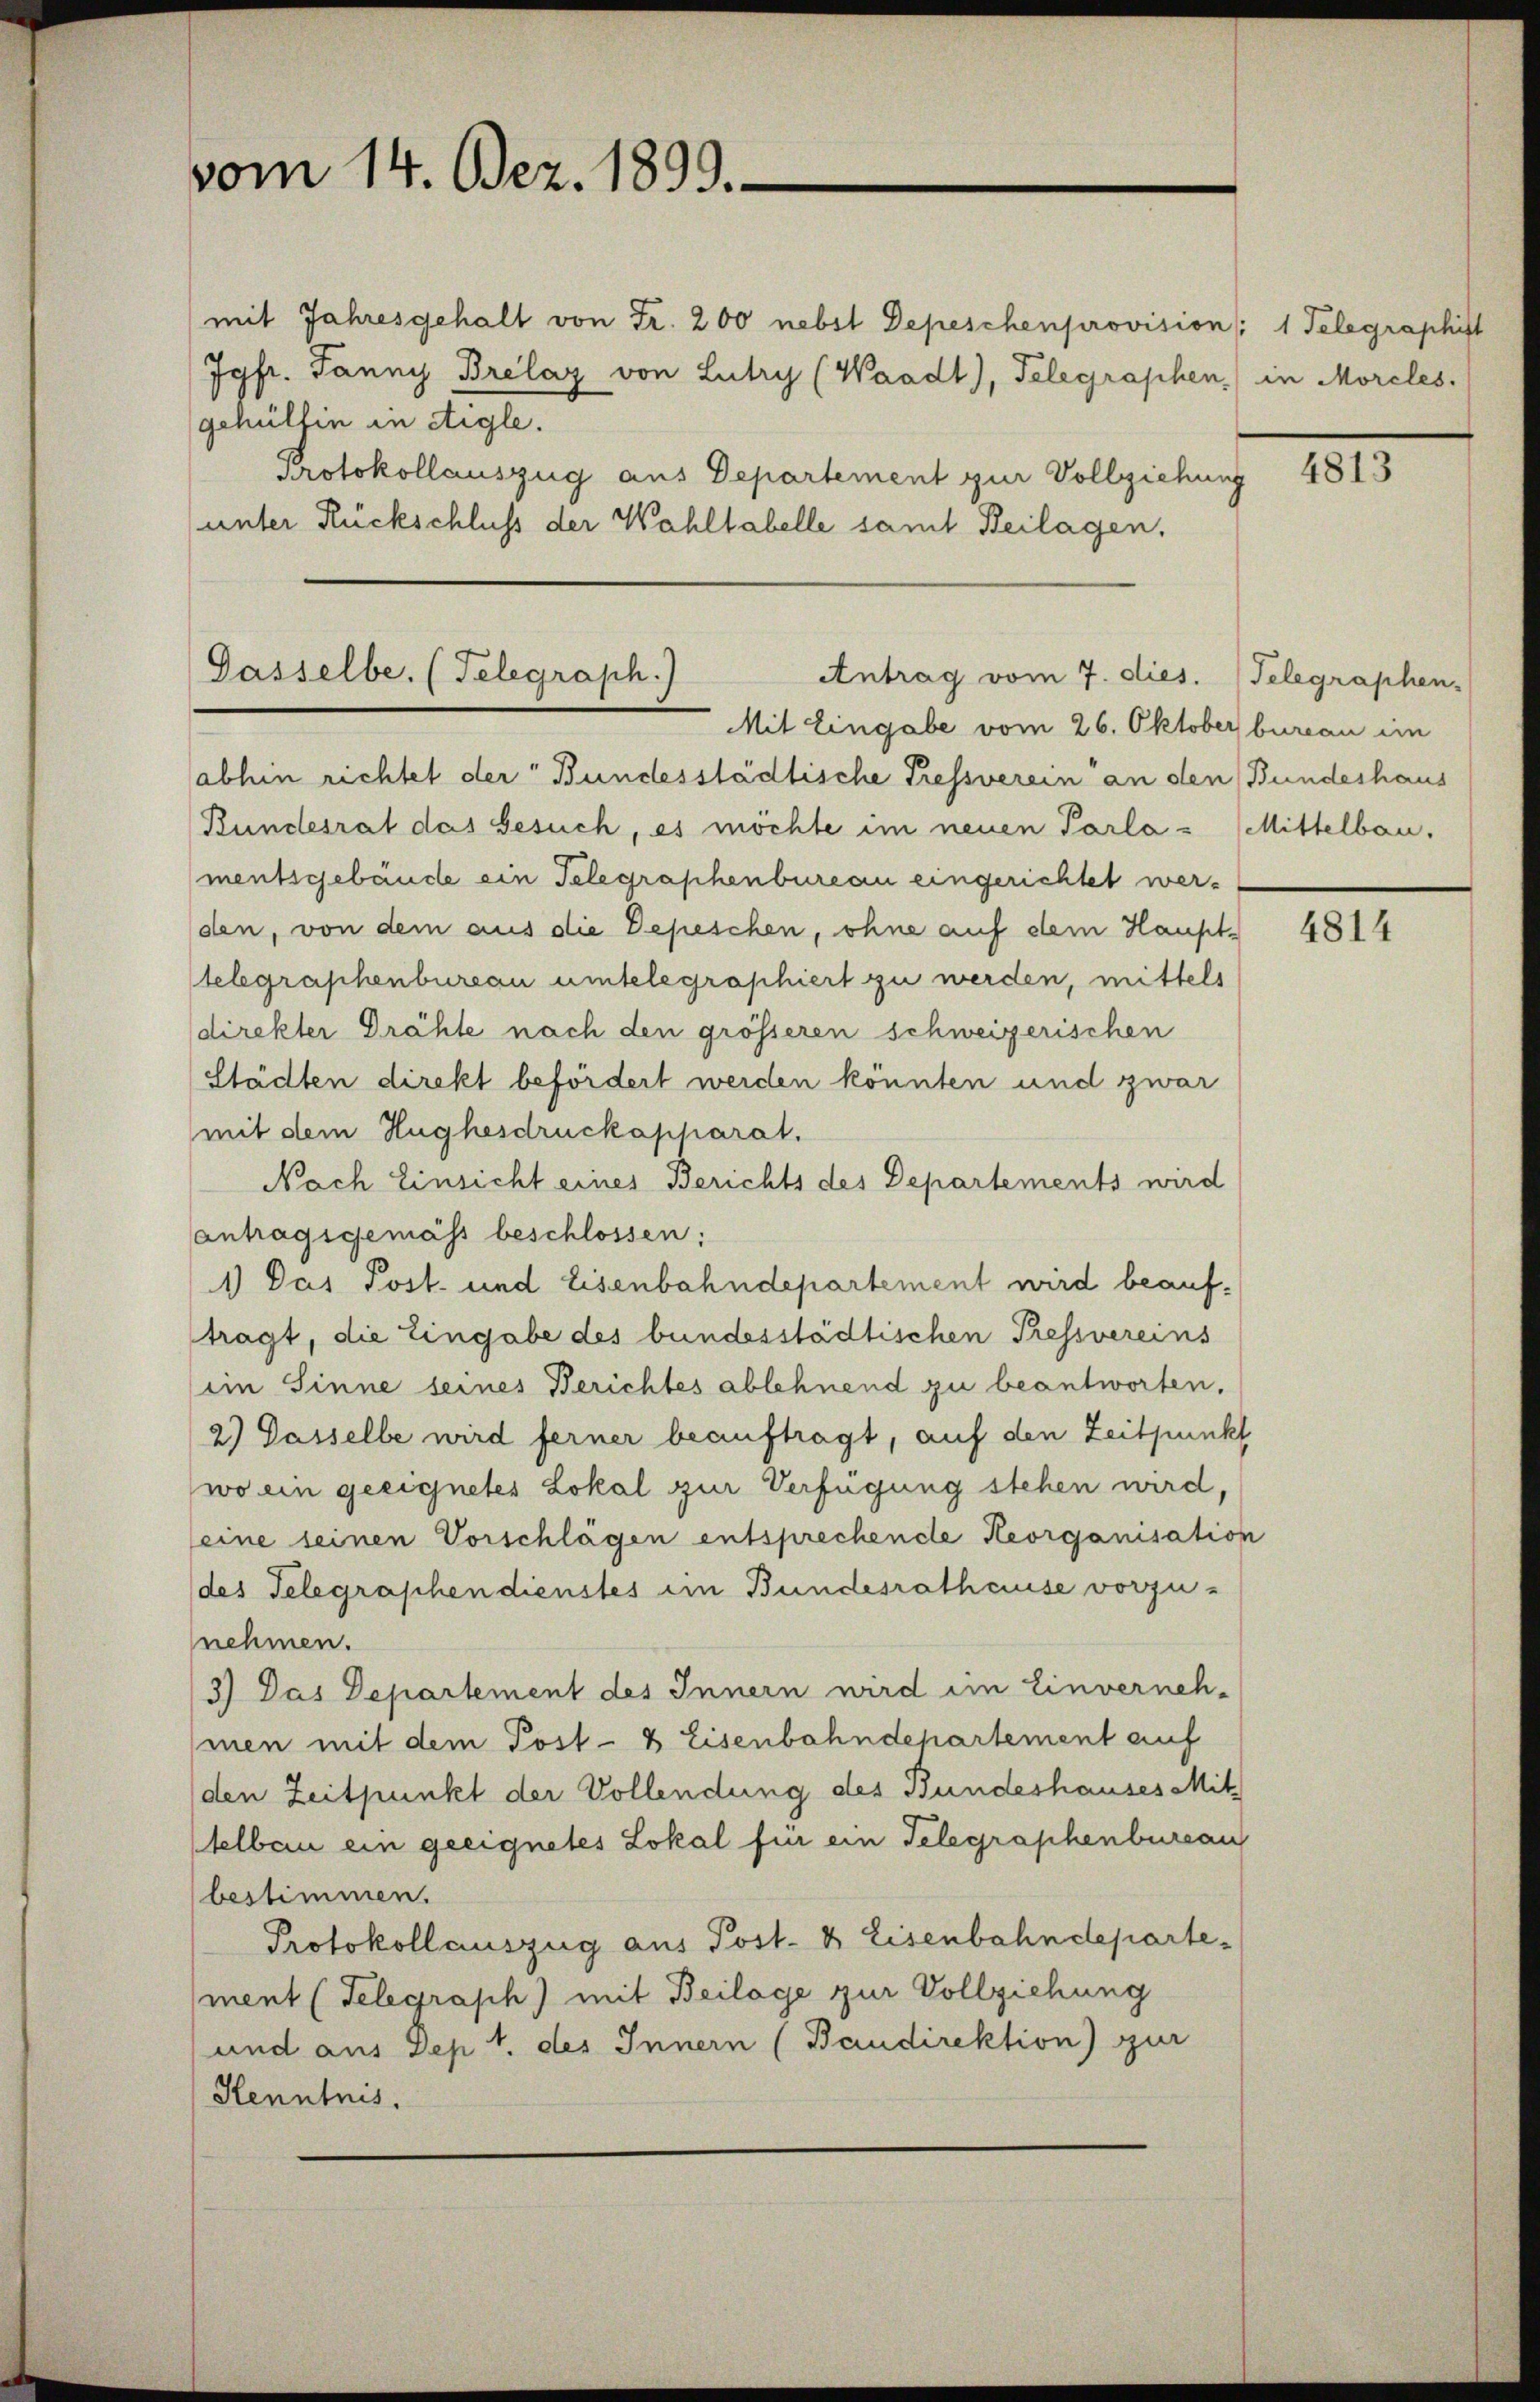
vom 14. Dez. 1899.

mit Jahresgehalt von Fr. 200 nebst Depeschenprovision:
Jgfr. Janny Brelaz von Lutry (Waadt, Telegraphen) in Morcles.
gehülfen in Aigle.
Protokollauszug aus Departement zur Vollziehung
unter Rückschluss der Wahltabelle samt Beilagen,

Gasselbe. (Telegraph.)
Antrag vom 7. dies. Telegraphen-

Mit Eingabe vom 26. Oktober bureau im
abhin richtet der Bundesstädtische Tressverein an den Bundeshaus
Bundesrat das Gesuch, es möchte im neuen Parla - Mittelbau.
mentsgebäude ein Telegraphenbureau eingerichtet werden, von dem aus die Depeschen, ohne auf dem Haupttelegraphenbureau untelegraphiert zu werden, mittels
direkter Drähte nach den grösseren schweizerischen
Städten direkt befördert werden könnten und zwar
mit dem Hughesdruckapparat.
Nach Einsicht eines Berichts des Departements wird
antragsgemäss beschlossen:
1) Das Post- und Eisenbahndepartement wird beauftragt, die Eingabe des bundesstädtischen Pressvereins
im Sinne seines Berichtes ablehnend zu beantworten.
2.) Dasselbe wird ferner beauftragt, auf den Zeitpunkt
wo ein geeignetes Lokal zur Verfügung stehen wird,
seine seinen Vorschlägen entsprechende Reorganisation
(des Telegraphen dienstes im Bundesrathause vorzu-
nehmen.
3) Das Departement des Innern wird im Einverneh-
mnen mit dem Post- & Eisenbahndepartement auf
den Zeitpunkt der Vollendung des Bundeshauses Mit
telbau ein geeignetes Lokal für ein Telegraphenbureau
bestimmen.
Protokollauszug aus Post- & Eisenbahndepartement (Telegraph) mit Beilage zur Vollziehung
und aus Dep 1. des Innern (Baudirektion) zur
Kenntnis.

1 Telegraphist

4813

4814